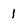
Character: I